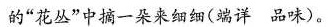
的”花丛”中摘一朵来细细(端详 品味)。